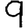
Digit: 9